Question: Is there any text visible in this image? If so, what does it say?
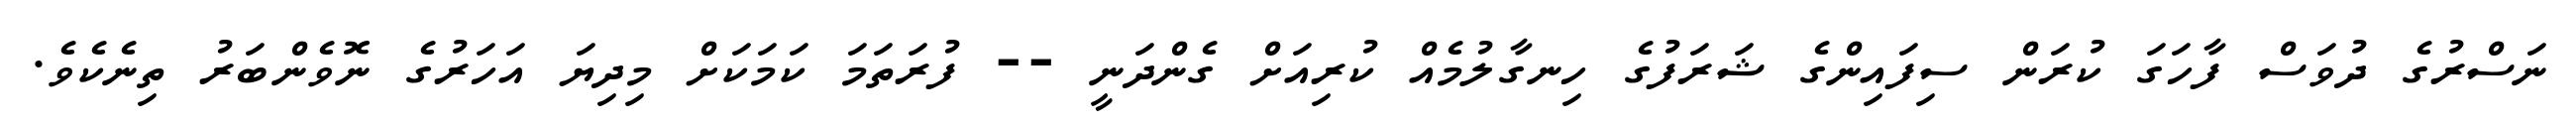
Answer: ނަސްރުގެ ދުވަސް ފާހަގަ ކުރަން ސިފައިންގެ ޝަރަފުގެ ހިނގާލުމެއް ކުރިއަށް ގެންދަނީ -- ފުރަތަމަ ކަމަކަށް މިދިޔަ އަހަރުގެ ނޮވެންބަރު ތިނެކެވެ.